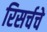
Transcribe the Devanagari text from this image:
रिसर्चचे